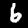
Label: 6